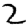
Digit: 2